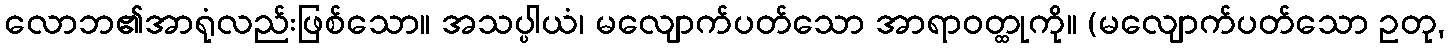
လောဘ၏အာရုံလည်းဖြစ်သော။ အသပ္ပါယံ၊ မလျောက်ပတ်သော အာရာဝတ္ထုကို။ (မလျောက်ပတ်သော ဥတု,